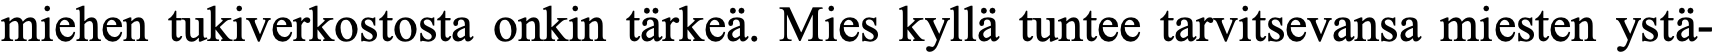
miehen tukiverkostosta onkin tärkeä. Mies kyllä tuntee tarvitsevansa miesten ystä-